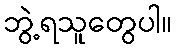
ဘွဲ့ရသူတွေပါ။